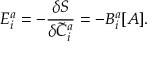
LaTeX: { \cal E } _ { i } ^ { a } = - \frac { \delta S } { \delta { \tilde { C } } _ { i } ^ { a } } = - B _ { i } ^ { a } [ A ] .